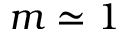
m \simeq 1